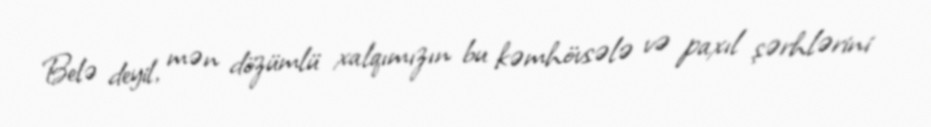
Belə deyil, mən dözümlü xalqımızın bu kəmhövsələ və paxıl şərhlərini